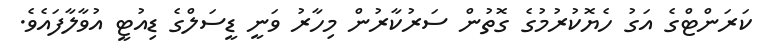
ކަރަންޓްގެ އަގު ހެޔޮކުރުމުގެ ގޮތުން ސަރުކާރުން މިހާރު ވަނީ ޑީސަލްގެ ޑިއުޓީ އުވާލާފައެވެ.